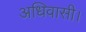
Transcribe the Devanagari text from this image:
अधिवासी।